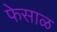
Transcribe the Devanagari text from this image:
फेसाळ